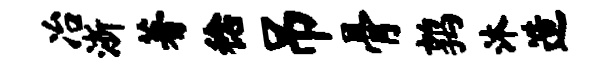
冶浙著稔吊骨鹑沐造